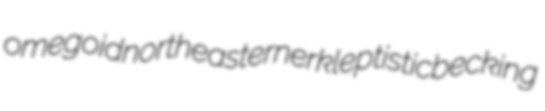
omegoid northeasterner kleptistic becking